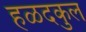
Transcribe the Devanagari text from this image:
हळदकुल